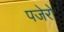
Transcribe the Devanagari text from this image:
पजेरो